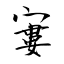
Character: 寠